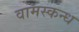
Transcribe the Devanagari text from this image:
वामस्कन्ध